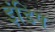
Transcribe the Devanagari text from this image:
इंडिप